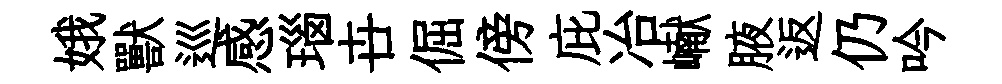
娥獸巡感瑙卋倔傍庇冶𪩘腋返仍吟